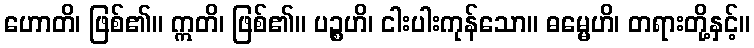
ဟောတိ၊ ဖြစ်၏။ ဣတိ၊ ဖြစ်၏။ ပဉ္စဟိ၊ ငါးပါးကုန်သော။ ဓမ္မေဟိ၊ တရားတို့နှင့်။